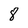
Character: 8